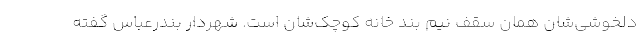
دلخوشی‌شان همان سقف نیم بند خانه کوچک‌شان است. شهردار بندرعباس گفته